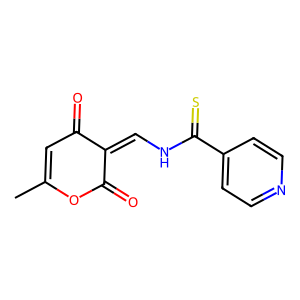
SMILES: CC1=CC(=O)C(=CNC(=S)c2ccncc2)C(=O)O1
Inhibits HIV replication: No